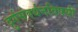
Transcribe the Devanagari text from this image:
दुर्गसंवर्धनविषयी